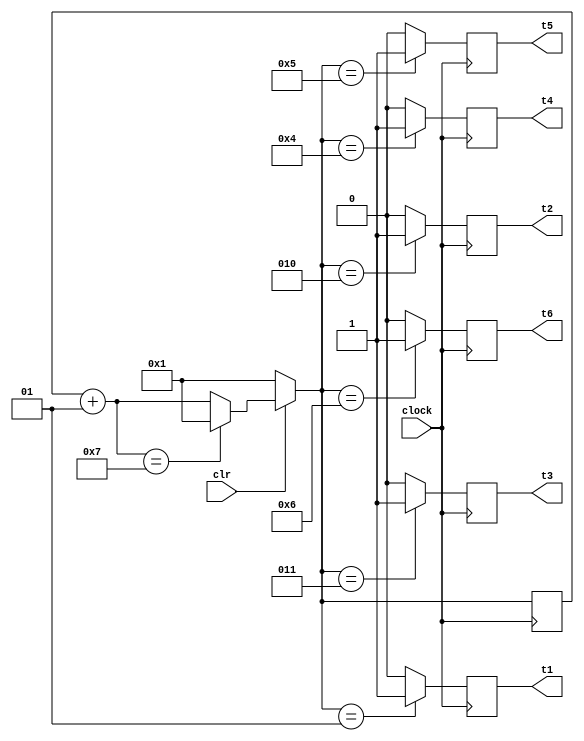
module ring_counter(input clock, clr, output reg t1, t2, t3, t4, t5, t6);
/*
LEGENDA
A descida do sinal de clock para zero (borda de descida) aciona uma mudana de tempo.
clr -> reseta a contagem do tempo quando o sinal for LOW.

*/

integer count;

always @ (negedge clock)
begin
count = count + 1;
count = count == 7? 1: count;
count = clr == 0? 1: count;

t1 <= count == 1? 1: 0;
t2 <= count == 2? 1: 0;
t3 <= count == 3? 1: 0;
t4 <= count == 4? 1: 0;
t5 <= count == 5? 1: 0;
t6 <= count == 6? 1: 0;
end

endmodule